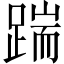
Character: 踹